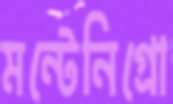
মন্টেনিগ্রো